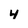
Character: 4